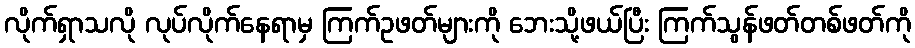
လိုက်ရှာသလို လုပ်လိုက်နေရာမှ ကြက်ဥဖတ်များကို ဘေးသို့ဖယ်ပြီး ကြက်သွန်ဖတ်တစ်ဖတ်ကို